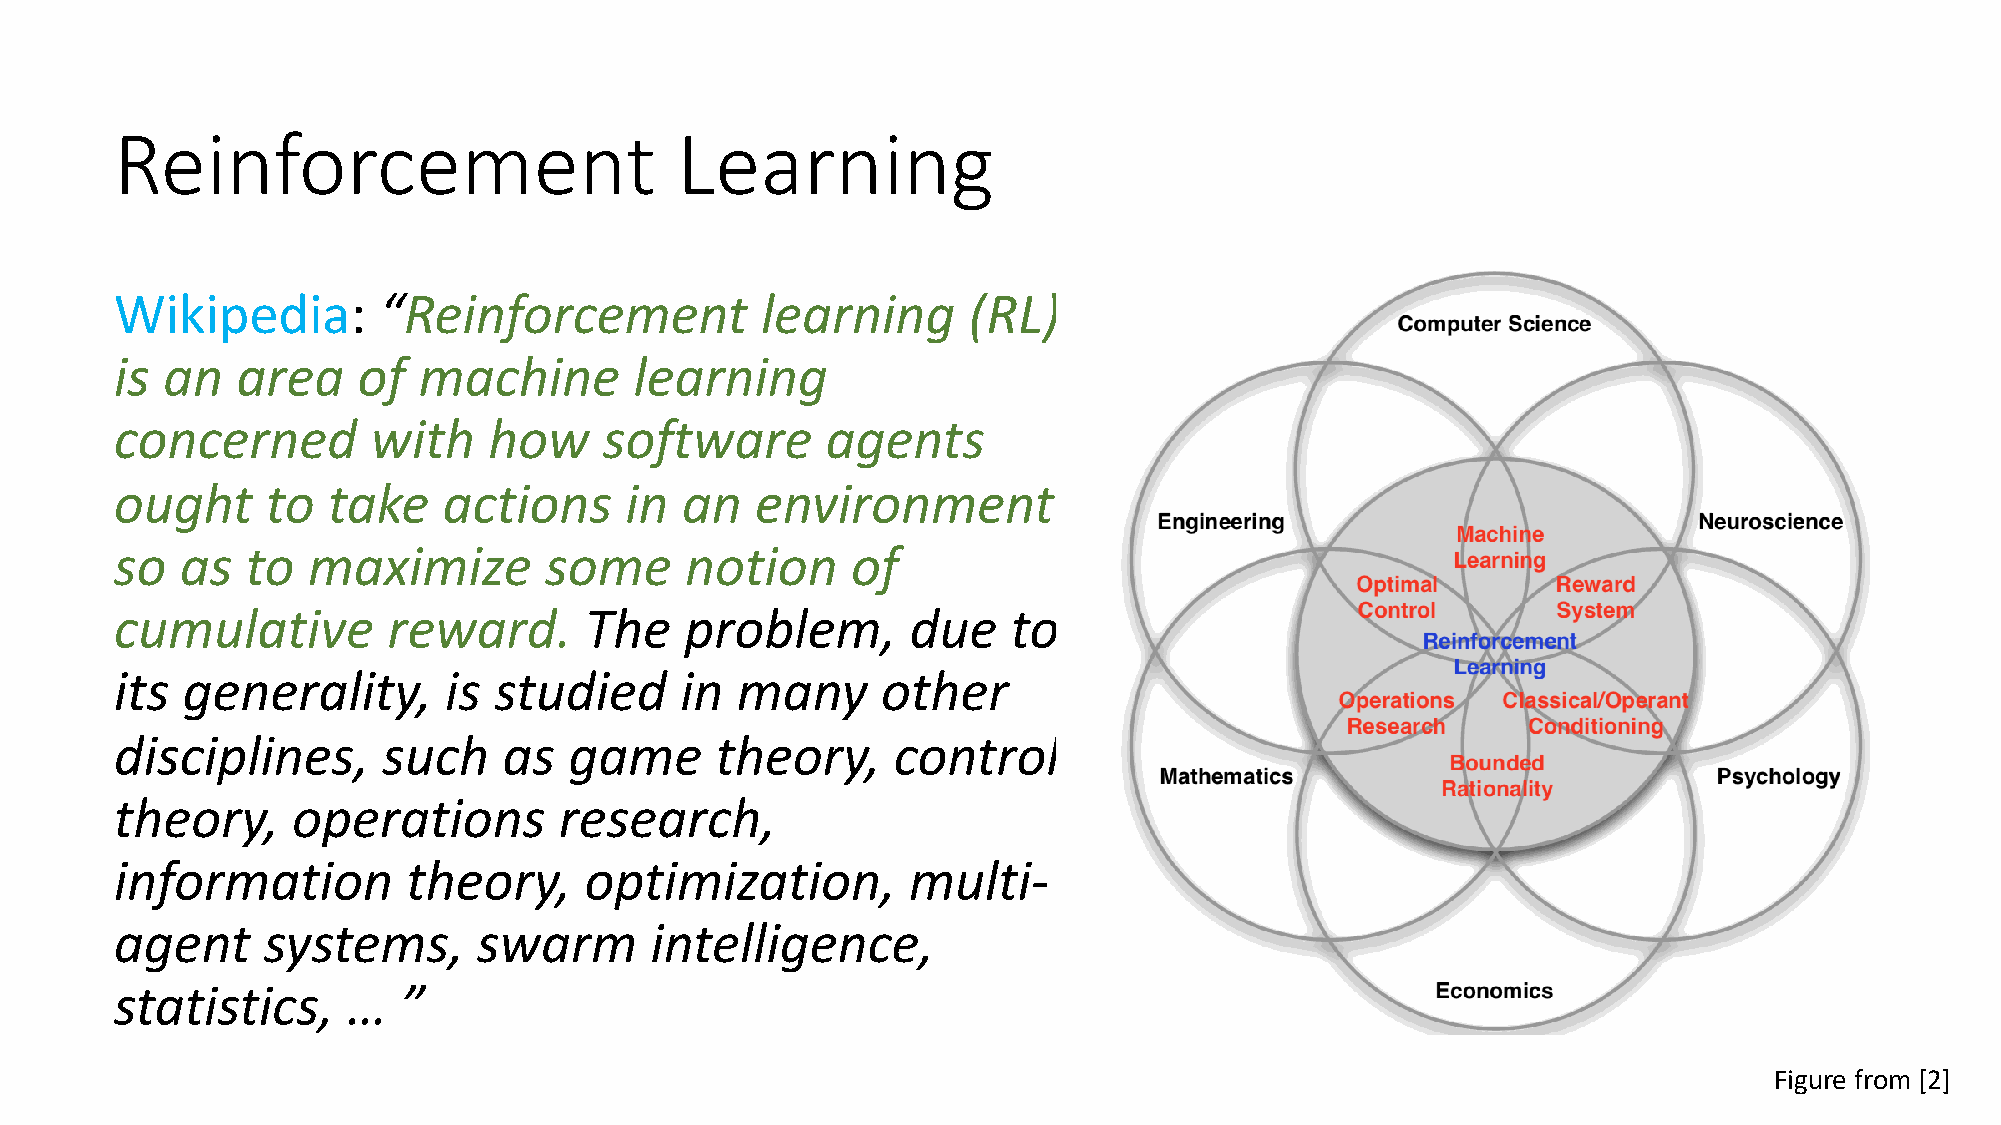
Reinforcement                        Learning
 Wikipedia:       “Reinforcement           learning      (RL)
 is an   area    of  machine       learning
 concerned        with   how     software       agents
 ought     to  take   actions     in  an   environment
 so  as  to  maximize        some     notion     of
 cumulative        reward.      The   problem,       due    to
 its generality,      is  studied     in  many     other
 disciplines,     such    as   game     theory,     control
 theory,    operations        research,
 information        theory,     optimization,        multi-
 agent    systems,       swarm      intelligence,
 statistics,    …   ”
 Figure from [2]